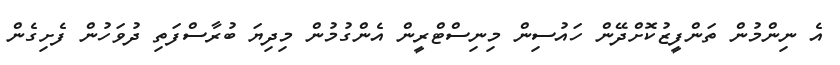
އެ ނިންމުން ތަންފީޒުކޮށްދޭން ހައުސިން މިނިސްޓްރީން އެންގުމުން މިދިޔަ ބުރާސްފަތި ދުވަހުން ފެށިގެން